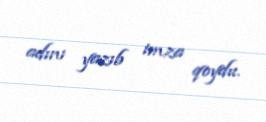
adını yazıb imza qoydu.